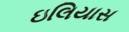
ઇલિયાસ